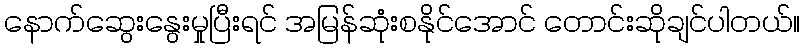
နောက်ဆွေးနွေးမှုပြီးရင် အမြန်ဆုံးစနိုင်အောင် တောင်းဆိုချင်ပါတယ်။